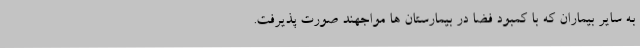
به سایر بیماران که با کمبود فضا در بیمارستان ها مواجهند صورت پذیرفت.